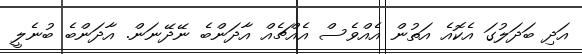
އަދި ބަދަލުގަ އެކޮއެ އަތުން އެއްވެސް އެއްޗެއް އާދަންބެ ނޭދޭނަން. އާދަންބެ ބުނެލީ